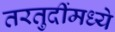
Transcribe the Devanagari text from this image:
तरतुदींमध्ये